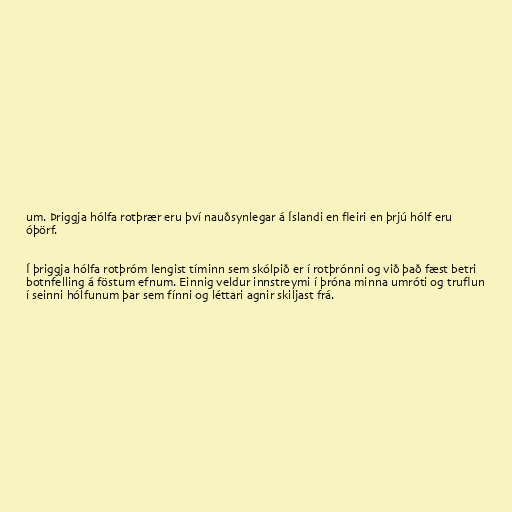
um. Þriggja hólfa rotþrær eru því nauðsynlegar á Íslandi en fleiri en þrjú hólf eru
óþörf.

Í þriggja hólfa rotþróm lengist tíminn sem skólpið er í rotþrónni og við það fæst betri
botnfelling á föstum efnum. Einnig veldur innstreymi í þróna minna umróti og truflun
í seinni hólfunum þar sem fínni og léttari agnir skiljast frá.